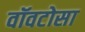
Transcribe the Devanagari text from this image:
वॉवटोसा